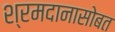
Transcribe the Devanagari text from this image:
श्रमदानासोबत